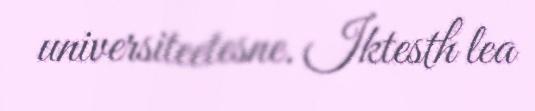
universiteetesne. Iktesth lea